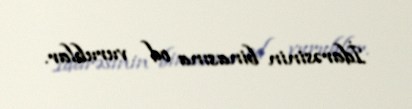
İdarəsinin binasına od vurublar.